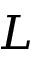
L